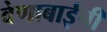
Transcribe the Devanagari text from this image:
वेणाबाईंची